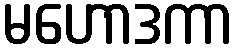
မဟောဒကာ